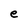
Character: e